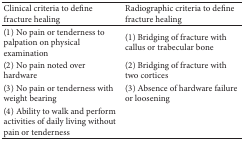
| Clinical criteria to define fracture healing | Radiographic criteria to define fracture healing |
 | --- | --- |
 | (1) No pain or tenderness to palpation on physical examination | (1) Bridging of fracture with callus or trabecular bone |
 | (2) No pain noted over hardware | (2) Bridging of fracture with two cortices |
 | (3) No pain or tenderness with weight bearing | (3) Absence of hardware failure or loosening |
 | (4) Ability to walk and perform activities of daily living without pain or tenderness |  |